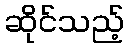
ဆိုင်သည့်